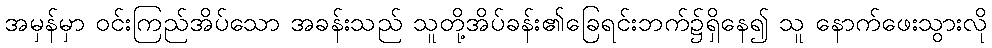
အမှန်မှာ ဝင်းကြည်အိပ်သော အခန်းသည် သူတို့အိပ်ခန်း၏ခြေရင်းဘက်၌ရှိနေ၍ သူ နောက်ဖေးသွားလို